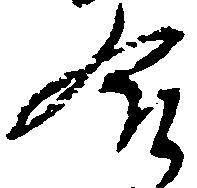
合